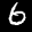
Label: 6